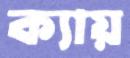
ক্যায়